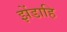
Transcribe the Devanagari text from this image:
झेंडाहि